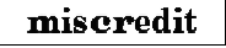
miscredit